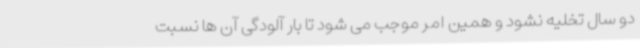
دو سال تخلیه نشود و همین امر موجب می شود تا بار آلودگی آن ها نسبت